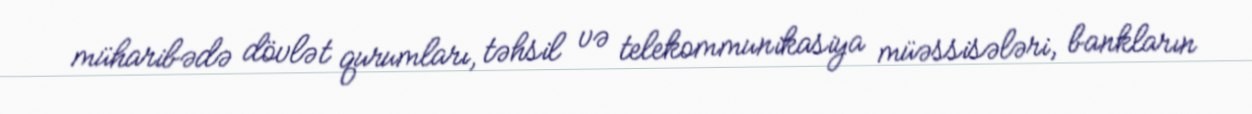
müharibədə dövlət qurumları, təhsil və telekommunikasiya müəssisələri, bankların